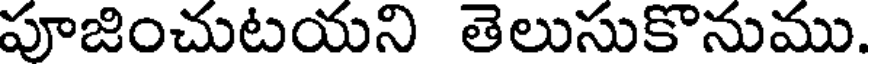
పూజించుటయని తెలుసుకొనుము.